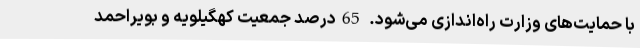
با حمایت‌های وزارت راه‌اندازی می‌شود. 65درصد جمعیت کهگیلویه و بویراحمد